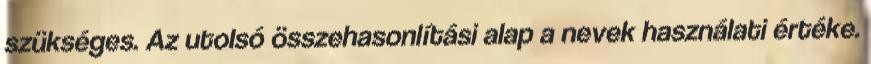
szükséges. Az utolsó összehasonlítási alap a nevek használati értéke.